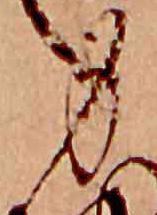
身